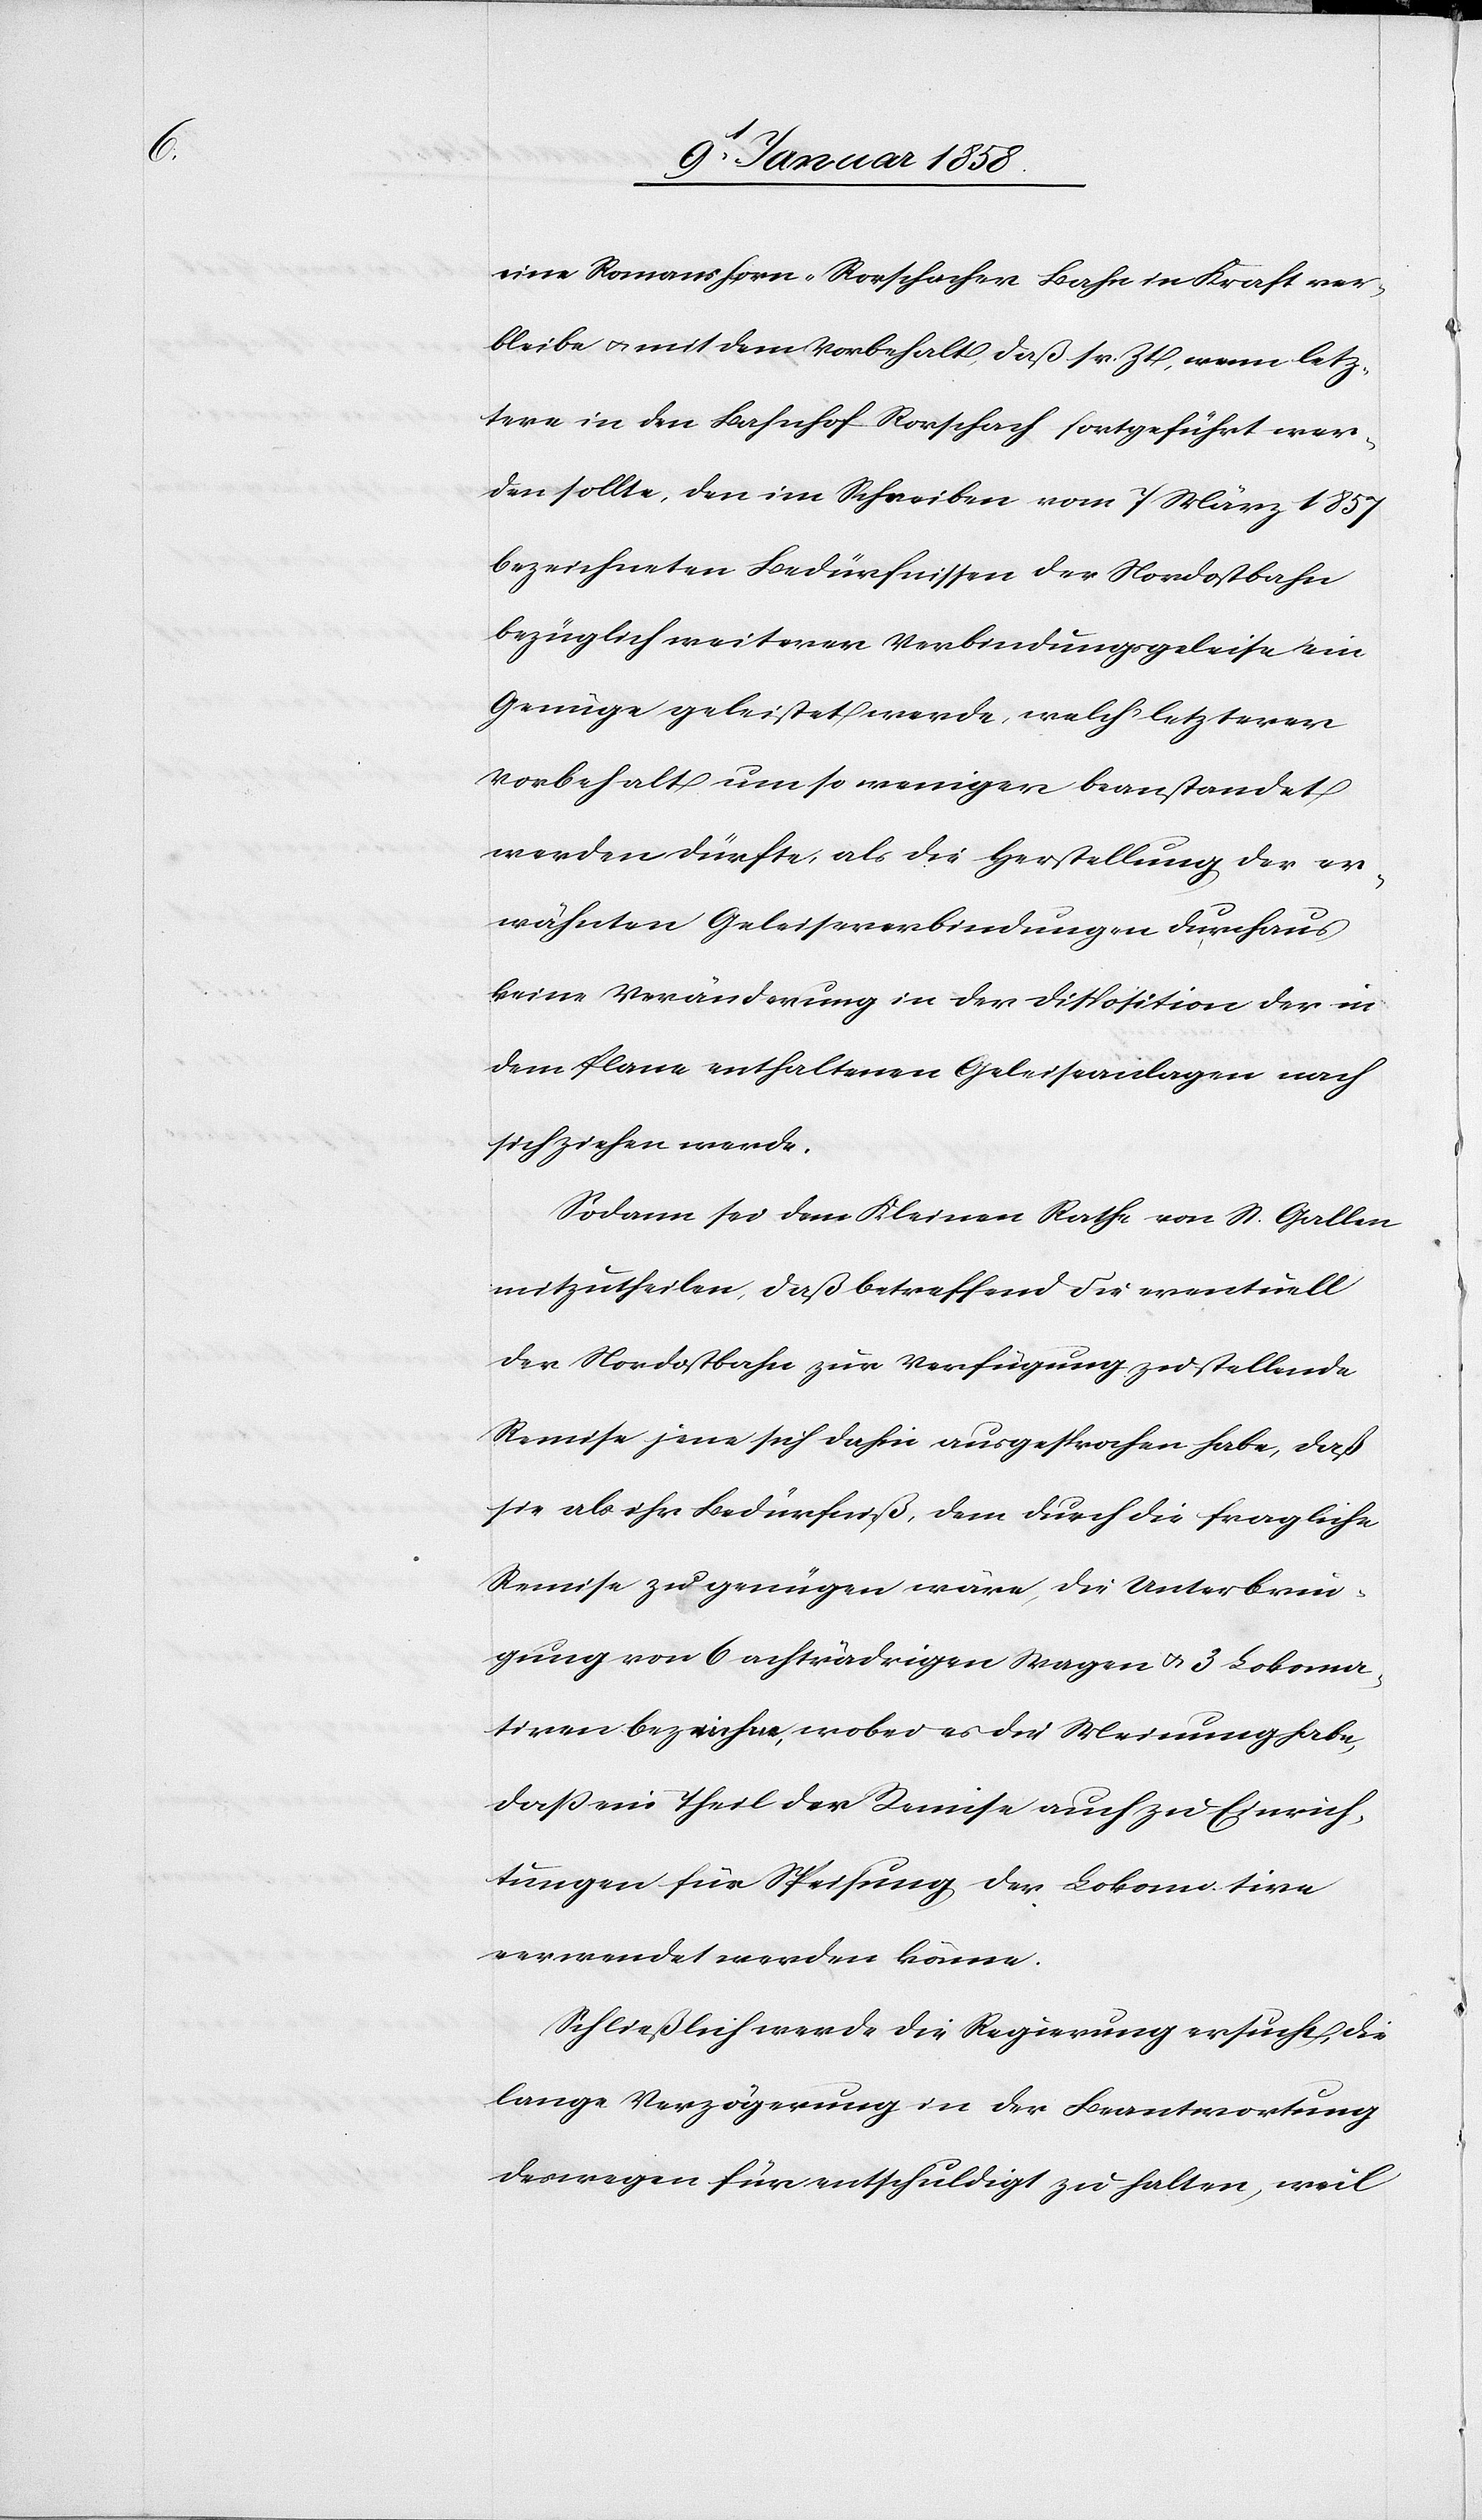
eine Romanshorn-Rorschacher Bahn in Kraft ver¬
bleibe u. mit dem Vorbehalt, daß sr. Zt. wenn letz¬
tere in den Bahnhof Rorschach fortgeführt wer¬
den sollte, den im Schreiben vom 7 März 1857
bezeichneten Bedürfnissen der Nordostbahn
bezüglich weiteren Verbindungsgeleise ein
Genüge geleistet werde, welch letzterer
Vorbehalt umso weniger beanstandet
werden dürfte, als die Herstellung der er¬
wähnten Geleiseverbindungen durchaus
keine Veränderung in der Disposition der in
dem Plane enthaltenen Geleiseanlagen nach
sich ziehen werde.
Sodann sei dem Kleinen Rathe von St. Gallen
mitzutheilen, daß betreffend die eventuell
der Nordostbahn zur Verfügung zu stellende
Remise jene sich dahin ausgesprochen habe, daß
sie als ihr Bedürfniß, dem durch die fragliche
Remise zu genügen wäre, die Unterbrin¬
gung von 6 achträdrigen Wagen u. 3 Lokoma¬
tiven bezeichne, wobei es die Meinung habe,
daß ein Theil der Remise auch zu Einrich¬
tungen für Speisung der Lokomotive
verwendet werden könne.
Schließlich werde die Regierung ersucht, die
lange Verzögerung in der Beantwortung
deswegen für entschuldigt zu halten, weil